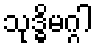
သုဒ္ဓိမဂ္ဂါ